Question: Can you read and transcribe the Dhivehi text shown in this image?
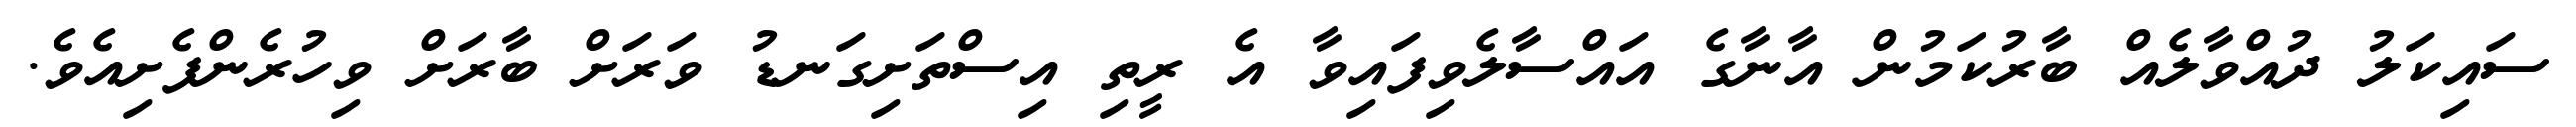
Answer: ސައިކަލު ދުއްވާލެއް ބާރުކަމުން އާނާގެ އައްސާލެވިފައިވާ އެ ރީތި އިސްތަށިގަނޑު ވަރަށް ބާރަށް ވިހުރެންފެށިއެވެ.